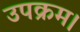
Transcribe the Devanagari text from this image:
उपक्रम।